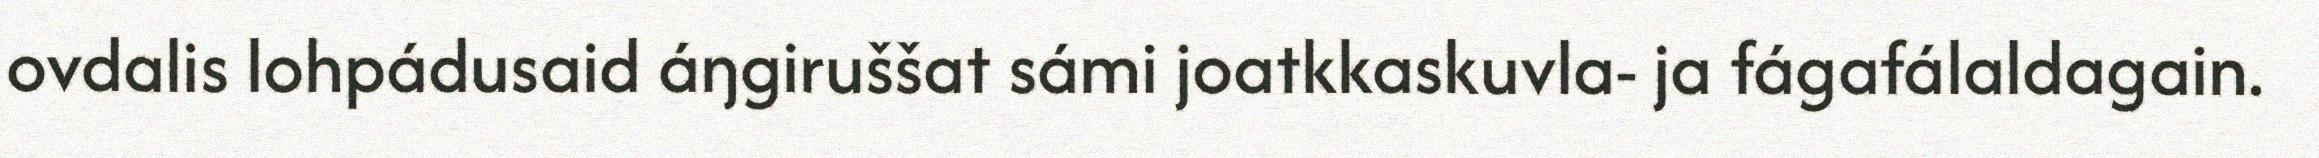
ovdalis lohpádusaid áŋgiruššat sámi joatkkaskuvla- ja fágafálaldagain.